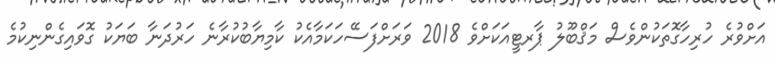
އަށްވުރެ ހުރިހާގޮތަކުންވެސް މަޤްބޫލު ޕާރޓީއަކަށްވެ 2018 ވަރަށްފަސޭހަކަމާއެކު ކާމިޔާބުކުރާނެ ހަރުދަނާ ބަޔަކު ގޮވައިގެންނިކުމެ